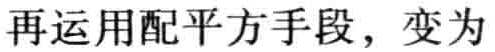
再运用配平方手段，变为